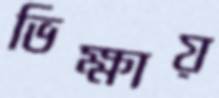
ভিক্ষায়